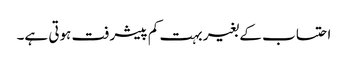
احتساب کے بغیر بہت کم پیشرفت ہوتی ہے۔